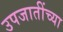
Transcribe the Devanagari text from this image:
उपजातींच्या